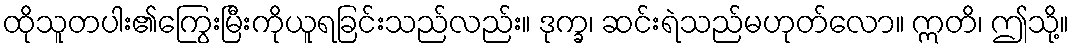
ထိုသူတပါး၏ကြွေးမြီးကိုယူရခြင်းသည်လည်း။ ဒုက္ခ၊ ဆင်းရဲသည်မဟုတ်လော။ ဣတိ၊ ဤသို့။